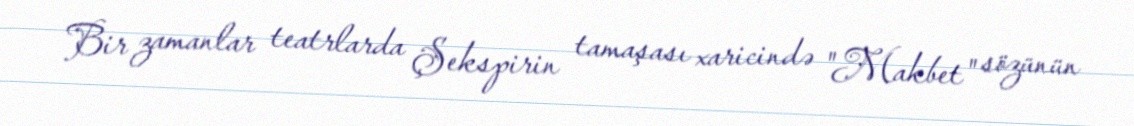
Bir zamanlar teatrlarda Şekspirin tamaşası xaricində "Makbet" sözünün